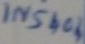
Text: IN5404